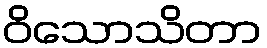
ဝိသောသိတာ